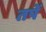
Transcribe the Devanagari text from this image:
तपें